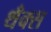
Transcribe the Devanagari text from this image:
थँक्स